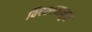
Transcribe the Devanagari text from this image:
विपश्यनामुळे